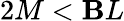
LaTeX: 2M<\mathbf{B}L